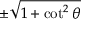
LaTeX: \pm { \sqrt { 1 + \cot ^ { 2 } \theta } }